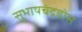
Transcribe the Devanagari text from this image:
सुभाषचंद्रबोस